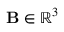
\mathbf { B } \in \mathbb { R } ^ { 3 }